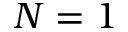
N = 1